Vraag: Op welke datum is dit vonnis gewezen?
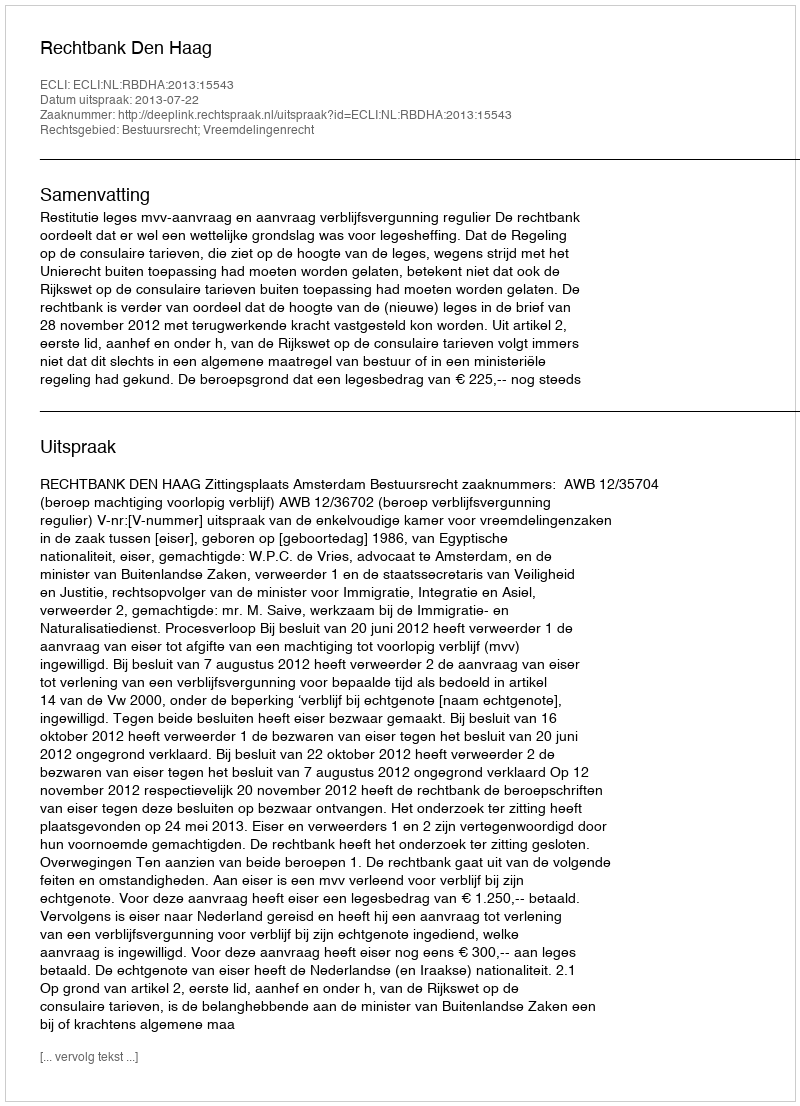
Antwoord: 2013-07-22